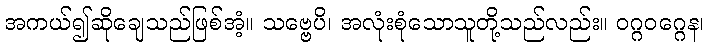
အကယ်၍ဆိုချေသည်ဖြစ်အံ့။ သဗ္ဗေပိ၊ အလုံးစုံသောသူတို့သည်လည်း။ ဝဂ္ဂဝဂ္ဂေန၊